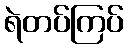
ရဲတပ်ကြပ်